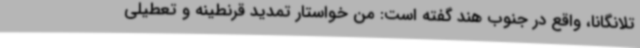
تلانگانا، واقع در جنوب هند گفته است: من خواستار تمدید قرنطینه و تعطیلی